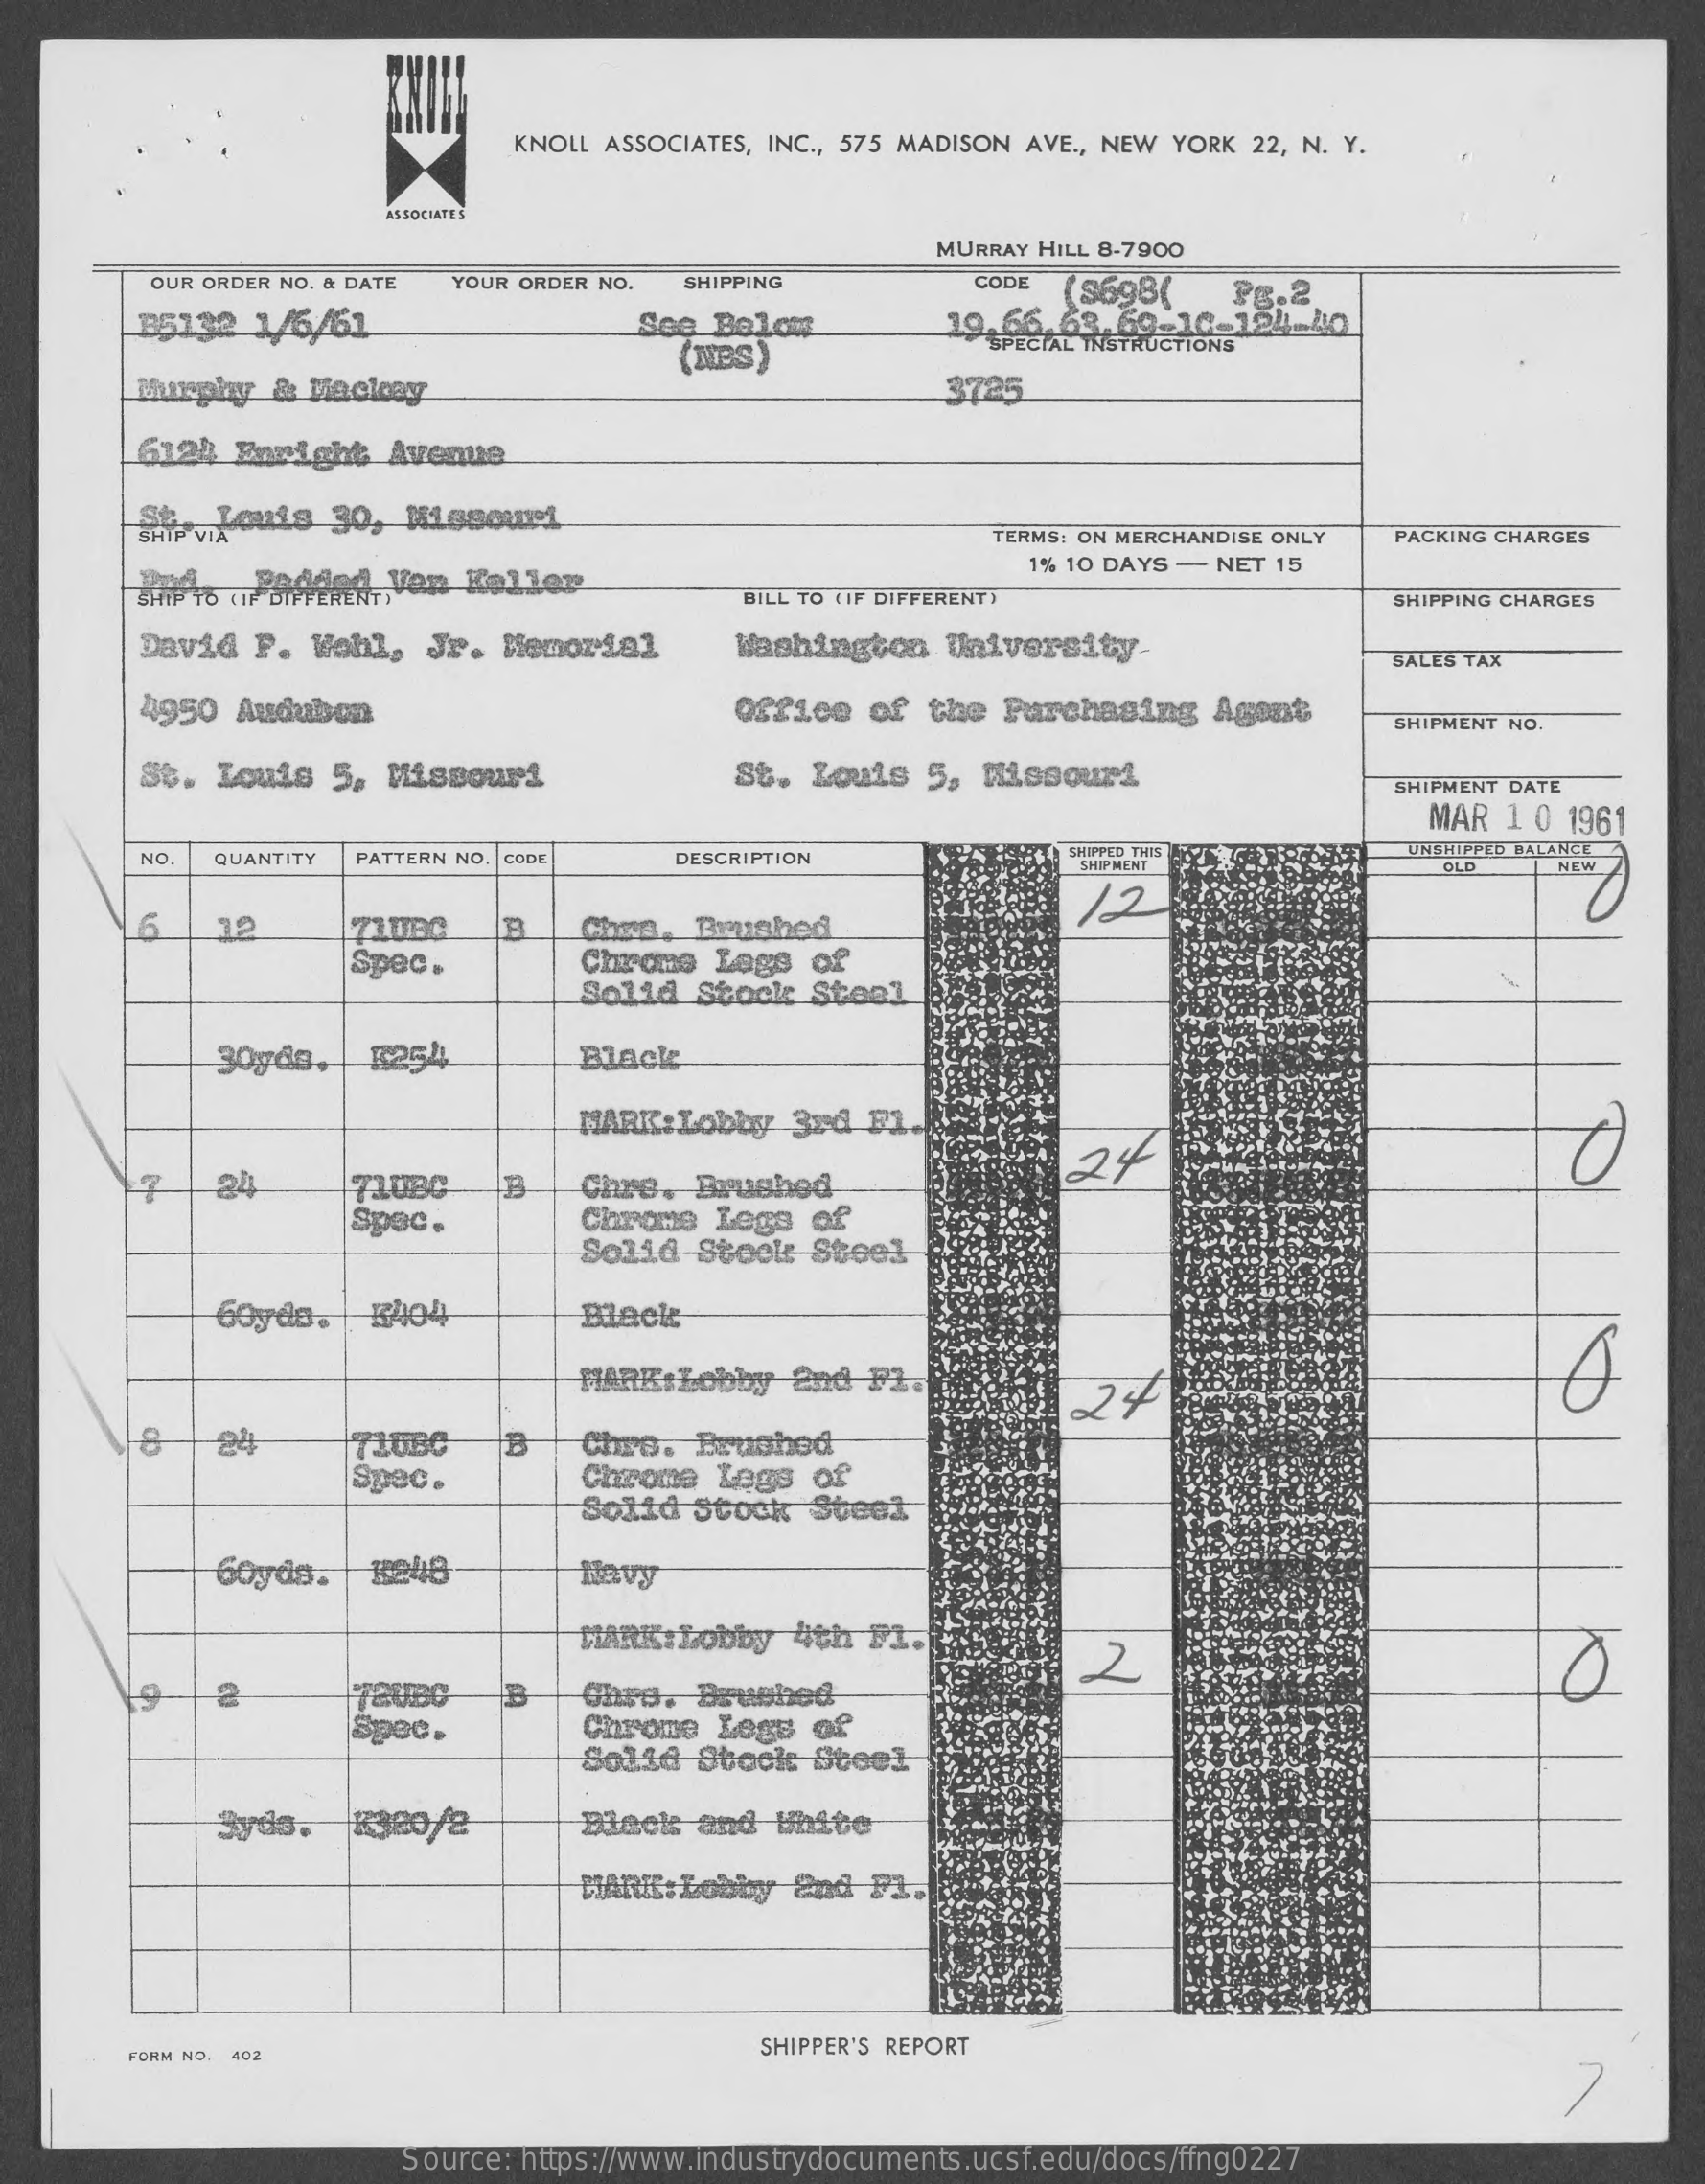
KNOLL ASSOCIATES, INC ., 575 MADISON AVE ., NEW YORK 22, N. Y.
     ASSOCIATES
     MURRAY HILL 8-7900
     OUR ORDER NO. & DATE YOUR ORDER NO. SHIPPING    CODE
     B5132   1/6/61
     ($698(
     See  Below
     38.2
     (MBS)
     SPECIAL INSTRUCTIONS44
     Murphy   & Macleay    3725
     6124  Enright   Avenue
     SHIP VIA Louis 30, Missouri
     TERMS: ON MERCHANDISE ONLY PACKING CHARGES
     Ho    OF DIFFERENT Von Keller
     1% 10 DAYS - NET 15
     BILL TO (IF DIFFERENT )    SHIPPING CHARGES
     David   P. Wohl,   Jr.  Memorial    Washington    University-
     SALES TAX
     4950  Audubon    office  of  the  Purchasing    Agont
     SHIPMENT NO.
     St.  Louis   5, Missouri    St.  Louis   5, Missouri
     SHIPMENT DATE
     MAR  1 0 1961
     NO.  QUANTITY  PATTERN NO. CODE    DESCRIPTION    SHIPPED THIS
     SHIPMENT
     UNSHIPPED BALANCE
     12
     OLD    NEW
     6    12    Chers, Brushed
     Spec.    Chrome   Lage  of
     Solid   Stock  Steal
     Black
     MARK:Lobby    3rd  F1
     7    24    73.080    Chre.  Brushed
     24
     Spec.    Chrome  Legs  of
     Solid   Steel: Steel
     60yds.   1404
     MARK:  Lobby  And  F1.    A
     24    7368C    Chrs.  Brushed
     Spec.
     B
     Chrome   Legs  of
     Solid   Stock  Steel
     60yds.    1848    Havy
     HARK   Lobby  4th  F1.
     2
     19    B    Ohro.  Brushed
     Spec.    Chrome  Legs  of
     Solid   Stock   Steel
     Syds.    R380/2    Black   and  White
     MARK:  Lobby  End  F1.
     FORM NO. 402    SHIPPER'S REPORT
     7
     Source: https://www.industrydocuments.ucsf.edu/docs/ffng0227